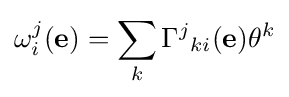
\omega _{i}^{j}(\mathbf {e} )=\sum _{k}\Gamma ^{j}{}_{ki}(\mathbf {e} )\theta ^{k}